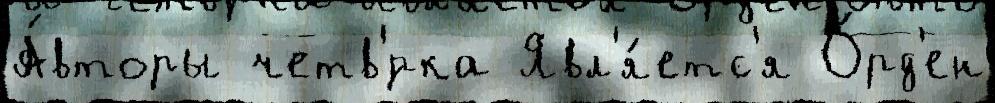
А́вторы четв'́рка Явл'я́етс'я О́рд'ен